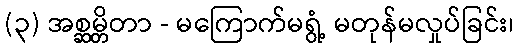
(၃) အစ္ဆမ္တိတာ - မကြောက်မရွံ့ မတုန်မလှုပ်ခြင်း၊